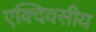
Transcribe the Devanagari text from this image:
एक्दिवसीय